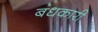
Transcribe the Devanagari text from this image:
बंधकारी